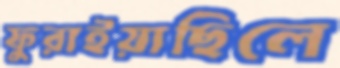
ফুরাইয়াছিলে